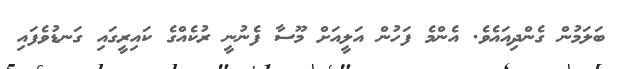
ބަލަމުން ގެންދިއައެވެ. އެންމެ ފަހުން އަލީއަށް މޫސާ ފެނުނީ ރުކެއްގެ ކައިރީގައި ގަނޑުވެފައި